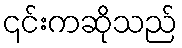
၎င်းကဆိုသည်